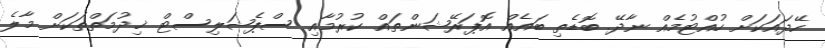
ހޭދައަކަށް ހުއްޓުމެއް ނާދޭ. ބޮޑެތި ބައެއް އޮޕަރޭޝަންތައް ކުރުމާއި ސްޕެޝަލިސްޓް ޚިދުމަތްތަކަށް މާލެ